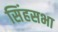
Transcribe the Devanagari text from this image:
सिंहसभा